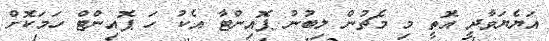
އަޔެޔަވާދީ އޮތީ މި މެޗުން ލިބުނު ޕޮއިންޓާ އެކު ހަ ޕޮއިންޓް ހަމަކޮށް